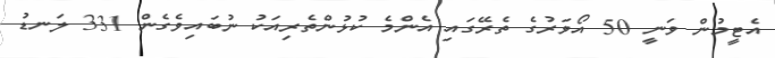
އެޓީމުން ވަނީ 50 އޯވަރުގެ ތެރޭގައި އެންމެ ކުޅުންތެރިއަކު ނުބައިވެގެން 331 ލަނޑު